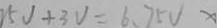
2 5 V + 3 V = 6 . 7 5 V